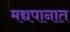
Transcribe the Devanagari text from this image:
मद्यपानात